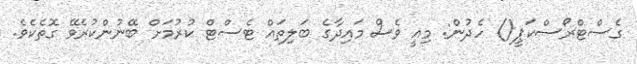
ގެސްޓްރޯސްކަޕީ() ހެދުން: މިއީ ވެސް މައިދާގެ ބަލިތައް ޓެސްޓް ކުރުމަށް ބޭނުންކުރެވޭ ގޮތެކެވެ.